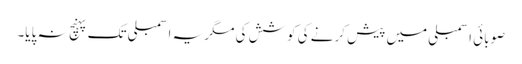
صوبائی اسمبلی میں پیش کرنے کی کوشش کی مگر یہ اسمبلی تک پہنچ نہ پایا۔